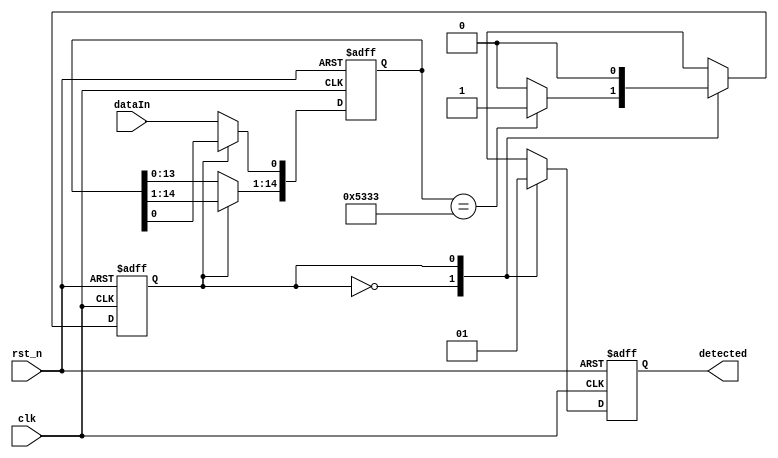
module sequence_detector(clk, dataIn, rst_n, detected);
    input clk, dataIn, rst_n;
    output detected;
    
    wire clk, dataIn, rst_n;
    reg detected = 0;
  
  	parameter [14:0] seq = 15'b101001100110011;
    reg [14:0] shiftReg = 0;
    reg state = state_compare;
    parameter state_compare = 0;
    parameter state_detected = 1;
  
  	always @(posedge clk or negedge rst_n) begin
        if(!rst_n) begin
          	shiftReg <= 0;
            state <= state_compare; 
            detected <= 0; 
        end
        else begin
            case(state)
                state_compare: begin
                    shiftReg <= shiftReg << 1;
                    shiftReg[0] <= dataIn;
                    detected <= 0;
                    
                    if(shiftReg == seq) begin
                        state = state_detected;
                    end
                    else begin
                        state = state_compare;
                    end
                end
                
                state_detected: begin
                    detected <= 1;
                    state = state_compare;
                end
            
                default: begin 
                    state <= state_compare; 
                    detected <= 0; 
                end
            endcase
        end
    end
endmodule